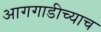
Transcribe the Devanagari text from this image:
आगगाडीच्याच